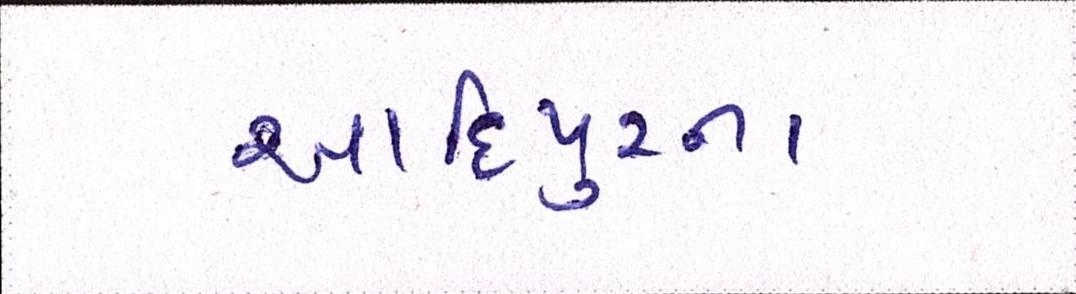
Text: આદિપુરના